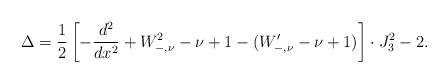
\begin{align*}\Delta=\frac{1}{2}\left[-\frac{d^2}{dx^2}+W_{-,\nu}^2-\nu+1-(W'_{-,\nu}-\nu+1)\right]\cdot J_3^2-2.\end{align*}